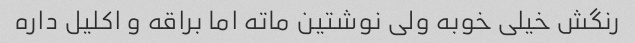
رنگش خیلی خوبه ولی نوشتین ماته اما براقه و اکلیل داره